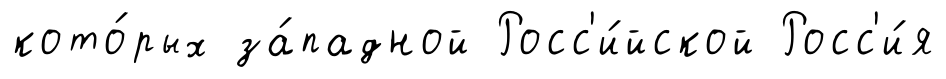
кото́рых за́падной Росс'и́йской Росс'и́я